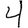
Digit: 4